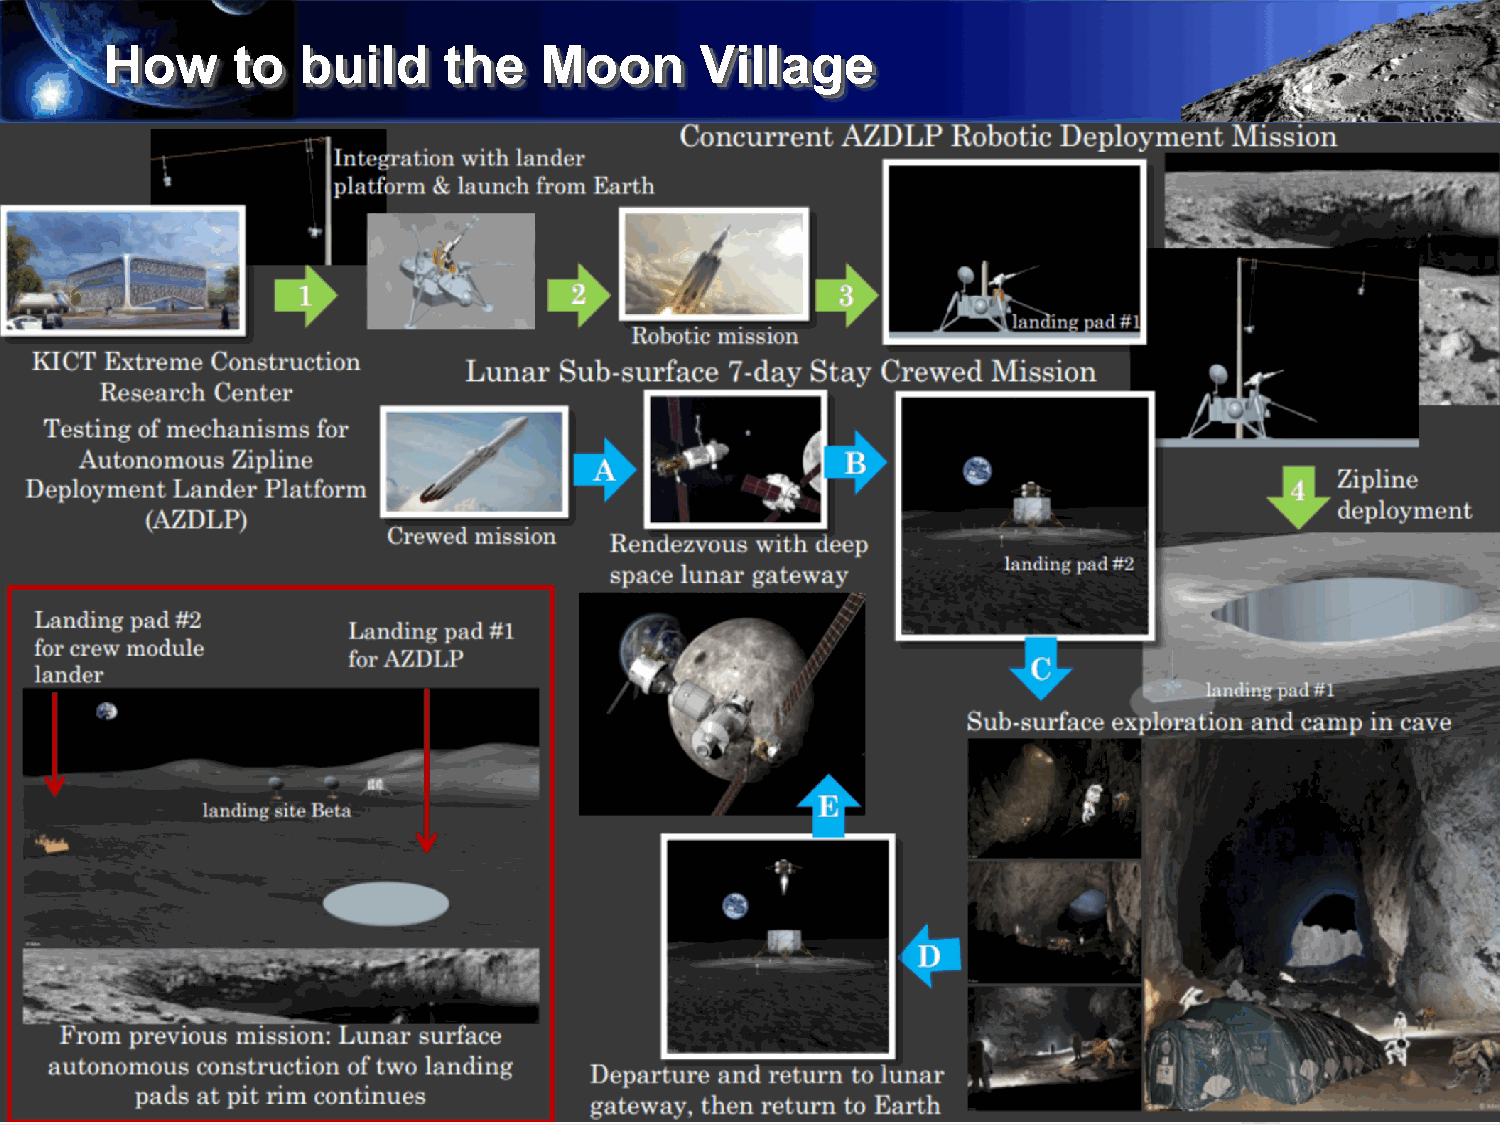
How     to   build    the    Moon      Village
 International Space
 Exploration Research Institute
 28